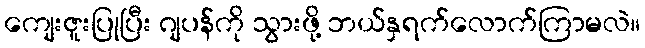
ကျေးဇူးပြုပြီး ဂျပန်ကို သွားဖို့ ဘယ်နှရက်လောက်ကြာမလဲ။